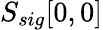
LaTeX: S_{sig}[0,0]